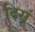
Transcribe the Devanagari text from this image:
दिसूं